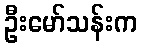
ဦးမော်သန်းက